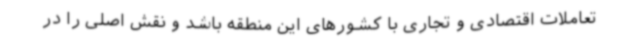
تعاملات اقتصادی و تجاری با کشورهای این منطقه باشد و نقش اصلی را در